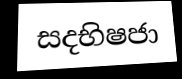
සදභිෂජා